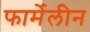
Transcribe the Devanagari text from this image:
फार्मेलीन